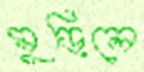
মুড়িলে